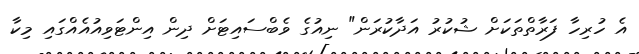
އެ ހުރިހާ ފަރާތްތަކަށް ޝުކުރު އަދާކުރަން" ނިއުގެ ވެބްސައިޓަށް ދިން އިންޓަވިއުއެއްގައި މިކާ